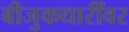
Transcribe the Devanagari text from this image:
बीजुकधारींवर